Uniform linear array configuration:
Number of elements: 24
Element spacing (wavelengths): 0.25
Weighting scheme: hamming
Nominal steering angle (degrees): -60
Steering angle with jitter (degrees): -61.132
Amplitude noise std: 0.05
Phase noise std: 0.05

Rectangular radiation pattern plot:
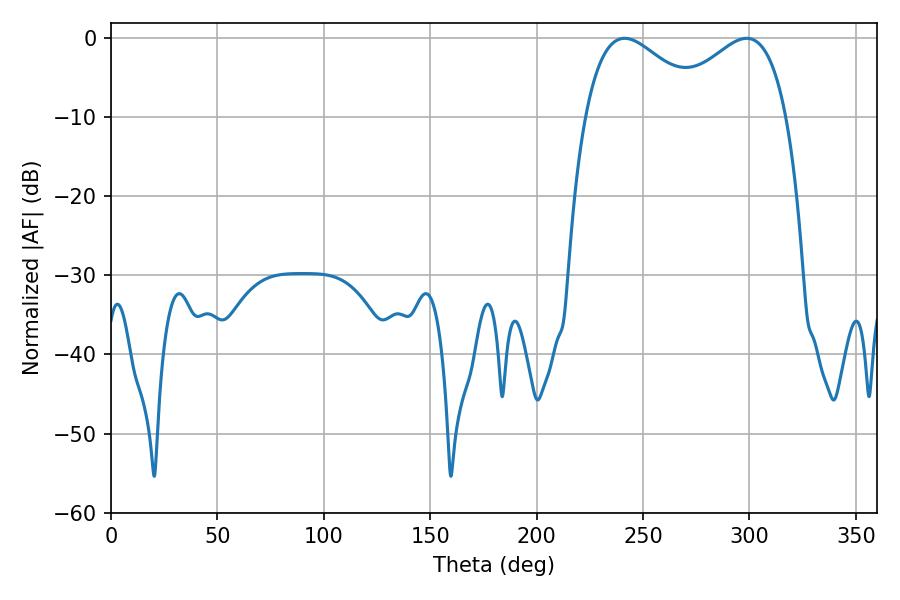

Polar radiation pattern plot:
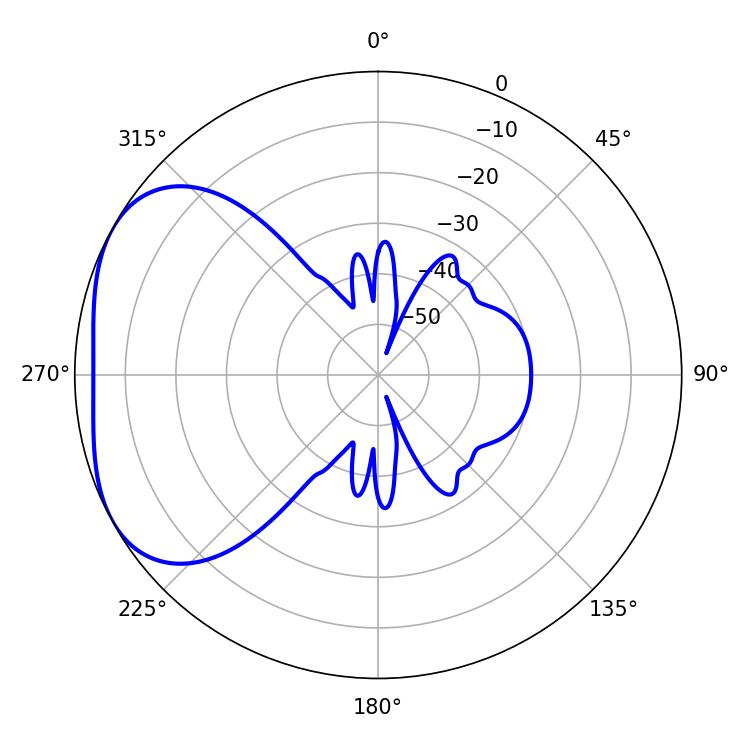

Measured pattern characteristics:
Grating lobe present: FALSE
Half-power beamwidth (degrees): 31.14
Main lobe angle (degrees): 241.38